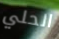
الحلي